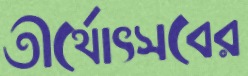
তীর্থোৎসবের